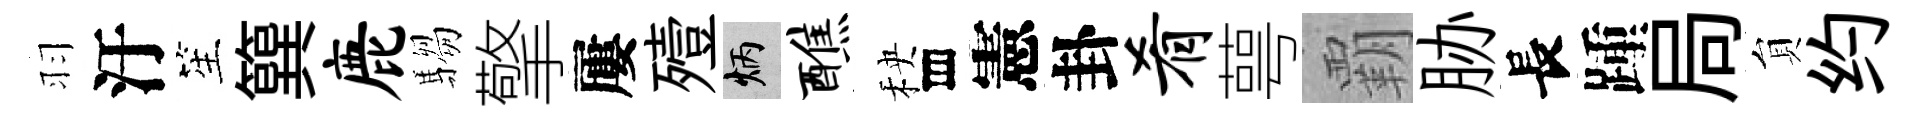
羽汙笙簨鹿騶擎屢殪炳醮秧存憲卦肴萼覇胁長踵局貟约